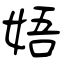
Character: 娪